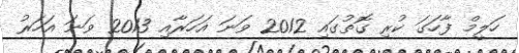
ހަލީމް ފާހަގަ ކުރި ގޮތުގައި 2012 ވަނަ އަހަރާއި 2013 ވަނަ އަހަރު